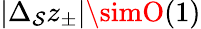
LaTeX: |\Delta_{\mathcal{S}}z_{\pm}|\simO(1)